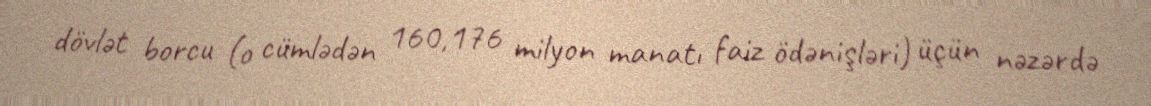
dövlət borcu (o cümlədən 160,176 milyon manatı faiz ödənişləri) üçün nəzərdə